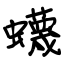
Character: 蠛